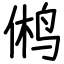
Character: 鸺